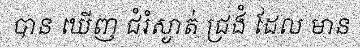
បាន ឃើញ ជំរំស្ងាត់ ជ្រងំ ដែល មាន